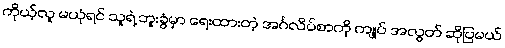
ကိုယ့်လူ မယုံရင် သူရဲ့ ဘူးခွံမှာ ရေးထားတဲ့ အင်္ဂလိပ်စာကို ကျုပ် အလွတ် ဆိုပြမယ်